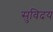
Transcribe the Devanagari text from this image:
सुविदय